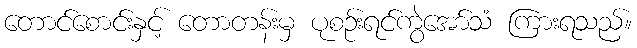
တောင်စောင်းနှင့် တောတန်းမှ ပုစဉ်းရင်ကွဲအော်သံ ကြားရသည်။